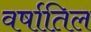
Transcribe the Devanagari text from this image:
वर्षातिल